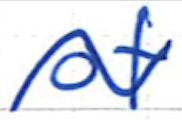
Text: of
Cross-out: wave
Writing tool: ballpoint